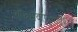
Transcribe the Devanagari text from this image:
शीघ्रमवाप्नुयात्॥४॥